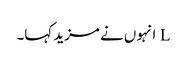
L انہوں نے مزید کہا۔